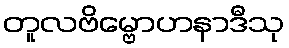
တူလဗိမ္ဗောဟနာဒီသု